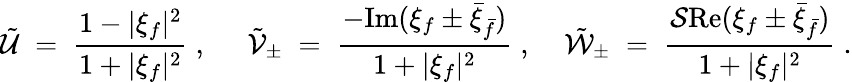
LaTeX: \tilde{\cal U}\; =\; \frac{1-|\xi_{f}|^{2}}{1+|\xi_{f}|^{2}}\; ,\; \; \; \; \; \tilde{\cal V}_{\pm}\; =\; \frac{-\mathrm{Im}(\xi_{f}\pm\bar{\xi}_{\bar{f}})}{1+|\xi_{f}|^{2}}\; ,\; \; \; \; \tilde{\cal W}_{\pm}\; =\; \frac{{\cal S}\mathrm{Re}(\xi_{f}\pm\bar{\xi}_{\bar{f}})}{1+|\xi_{f}|^{2}}\; .